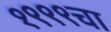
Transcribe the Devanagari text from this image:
१९९९चा